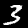
Label: 3